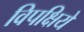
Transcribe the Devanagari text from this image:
विपक्षिये